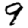
Digit: 9